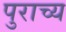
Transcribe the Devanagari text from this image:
पुराच्य